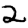
Digit: 2